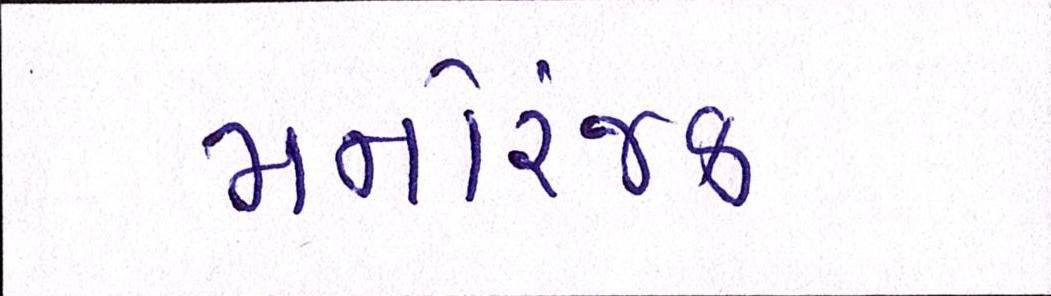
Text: મનોરંજક